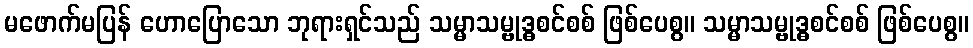
မဖောက်မပြန် ဟောပြောသော ဘုရားရှင်သည် သမ္မာသမ္ဗုဒ္ဓစင်စစ် ဖြစ်ပေစွ။ သမ္မာသမ္ဗုဒ္ဓစင်စစ် ဖြစ်ပေစွ။